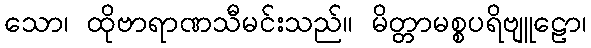
သော၊ ထိုဗာရာဏသီမင်းသည်။ မိတ္တာမစ္စပရိဗျူဠော၊